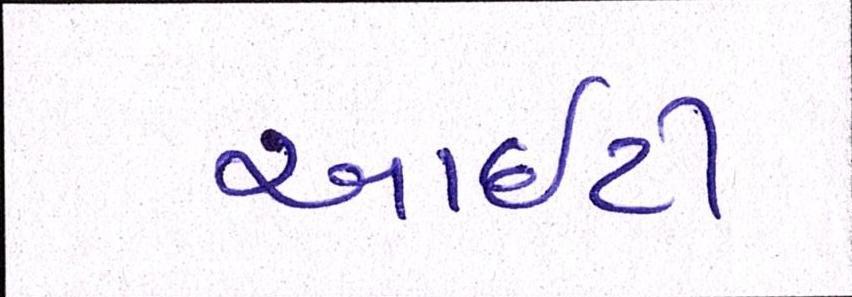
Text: આઇટી